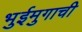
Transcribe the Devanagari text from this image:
भुईमुगाची